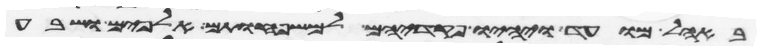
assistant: באהל מועד ויהיו פקדיהם למשפחותם אלפים ושבע